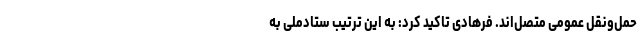
حمل‌ونقل عمومی متصل‌اند. فرهادی تاکید کرد: به این ترتیب ستادملی به